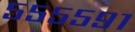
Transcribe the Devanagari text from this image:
५५५५९१